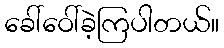
ခေါ်ဝေါ်ခဲ့ကြပါတယ်။